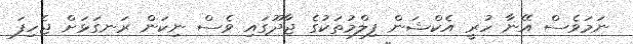
ނަމަވެސް އޭނާ ހުރީ އެކްޝަން ފިލްމުތަކުގެ ޖާދޫގައި ވެސް ނިކަން ރަނގަޅަށް ޖެހިފަ